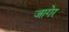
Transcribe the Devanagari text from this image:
जागेर